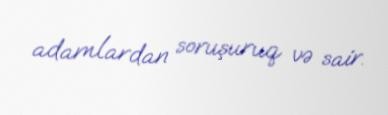
adamlardan soruşuruq və sair.